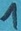
Text: 1